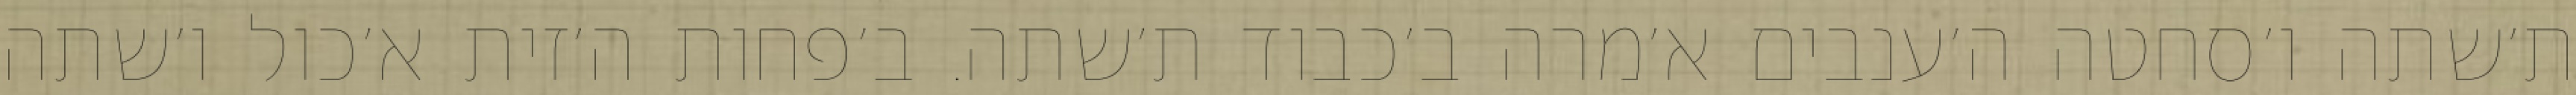
ת׳שתה ו׳סחטה ה׳ענבים א׳מרה ב׳כבוד ת׳שתה. ב׳פחות ה׳זית א׳כול ו׳שתה